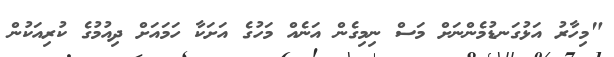
"މިހާރު އަޅުގަނޑުމެންނަށް މަސް ނިމިގެން އަނެއް މަހުގެ އަށަކާ ހަމައަށް ދިއުމުގެ ކުރިއަކުން